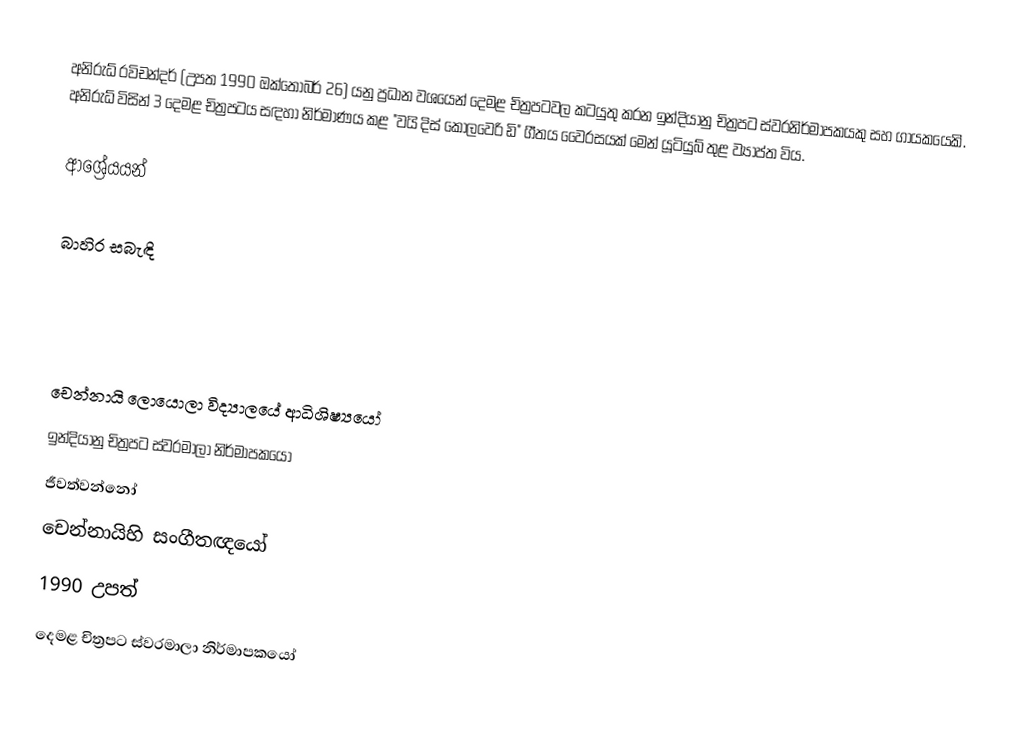
අනිරුධ් රවිචන්දර් (උපත 1990 ඔක්තෝබර් 26) යනු ප්‍රධාන වශයෙන් දෙමළ චිත්‍රපටවල කටයුතු කරන ඉන්දියානු චිත්‍රපට ස්වරනිර්මාපකයකු සහ ගායකයෙකි. අනිරුධ් විසින් 3 දෙමළ චිත්‍රපටය සඳහා නිර්මාණය කළ "වයි දිස් කොලවෙරි ඩි" ගීතය වෛරසයක් මෙන් යූටියුබ් තුළ ව්‍යාප්ත විය.

ආශ්‍රේයයන්

බාහිර සබැඳි

චෙන්නායි ලොයොලා විද්‍යාලයේ ආධිශිෂ්‍යයෝ
ඉන්දියානු චිත්‍රපට ස්වරමාලා නිර්මාපකයෝ
ජීවත්වන්නෝ
චෙන්නායිහි සංගීතඥයෝ
1990 උපත්
දෙමළ චිත්‍රපට ස්වරමාලා නිර්මාපකයෝ